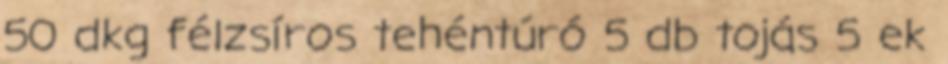
50 dkg félzsíros tehéntúró 5 db tojás 5 ek